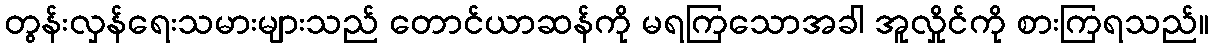
တွန်းလှန်ရေးသမားများသည် တောင်ယာဆန်ကို မရကြသောအခါ အူလှိုင်ကို စားကြရသည်။